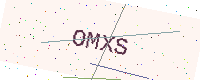
Text: OMXS